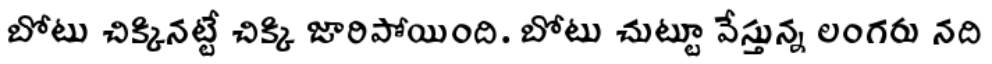
బోటు చిక్కినట్టే చిక్కి జారిపోయింది. బోటు చుట్టూ వేస్తున్న లంగరు నది